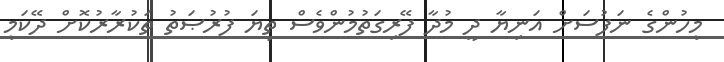
މީހުންގެ ނަފުސަށް އަނިޔާ ދީ މުދާ ފޭރިގަތުމުންވެސް ތިޔަ ފުރުޞަތު ތަކުރާރުކޮށް ދޭކަމީ